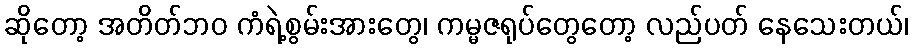
ဆိုတော့ အတိတ်ဘဝ ကံရဲ့စွမ်းအားတွေ၊ ကမ္မဇရုပ်တွေတော့ လည်ပတ် နေသေးတယ်၊